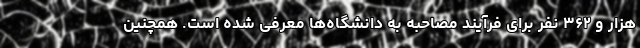
هزار و ۳۶۲ نفر برای فرآیند مصاحبه به دانشگاه‌ها معرفی شده است. همچنین